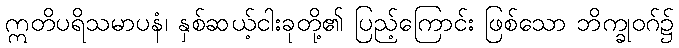
ဣတိပရိသမာပနံ၊ နှစ်ဆယ့်ငါးခုတို့၏ ပြည့်ကြောင်း ဖြစ်သော ဘိက္ခုဝဂ်၌